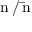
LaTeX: \mathrm { n } \, / \, \mathrm { \bar { n } }